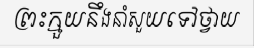
ព្រះក្មួយនឹងនាំសួយទៅថ្វាយ